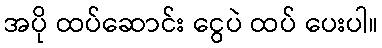
အပို ထပ်ဆောင်း ငွေပဲ ထပ် ပေးပါ။